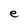
Character: e